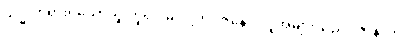
သဒ္ဓါတရားရှိသောသူ ဟူ၍။ မံ၊ ငါ့ကို။ ဇနော၊ လူအများသည်။ ဇာနာတု၊